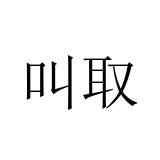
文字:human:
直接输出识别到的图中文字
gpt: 叫取